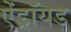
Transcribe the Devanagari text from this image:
ऐंड्रॉयड